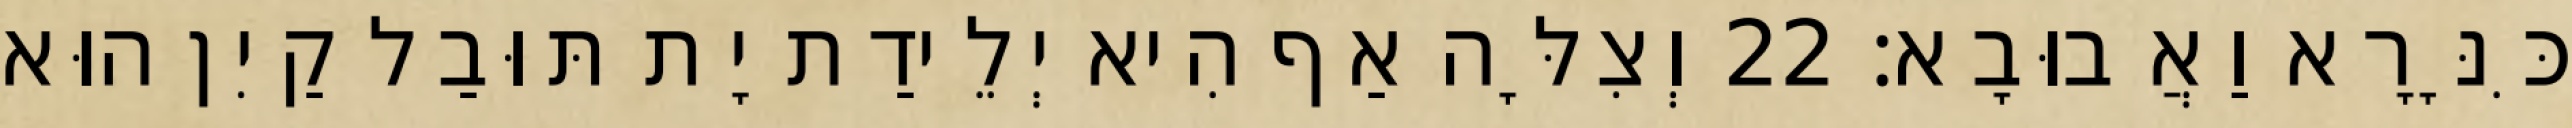
כִּנָּרָא וַאֲבוּבָא׃ 22 וְצִלָּה אַף הִיא יְלֵידַת יָת תּוּבַל קַיִן הוּא